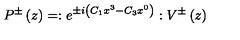
P ^ { \pm } \left( z \right) = : e ^ { \pm i \left( C _ { 1 } x ^ { 3 } - C _ { 3 } x ^ { 0 } \right) } : V ^ { \pm } \left( z \right)